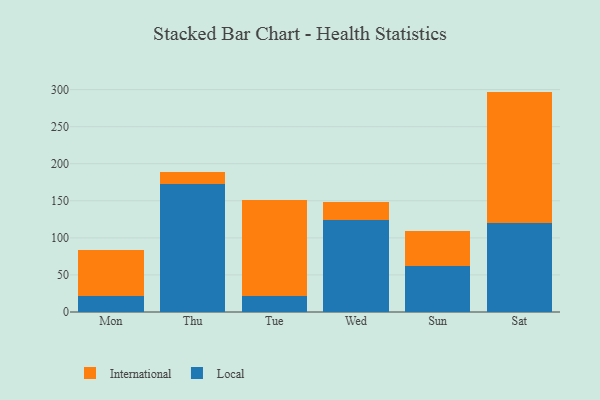
{"axis": {"x": "Day", "y": "Demand Index"}, "legend": ["International", "Local"], "data": [{"x": "Mon", "y": 21.8, "type": "Local"}, {"x": "Mon", "y": 62.3, "type": "International"}, {"x": "Thu", "y": 172.2, "type": "Local"}, {"x": "Thu", "y": 16.5, "type": "International"}, {"x": "Tue", "y": 22.0, "type": "Local"}, {"x": "Tue", "y": 129.1, "type": "International"}, {"x": "Wed", "y": 124.1, "type": "Local"}, {"x": "Wed", "y": 24.4, "type": "International"}, {"x": "Sun", "y": 61.4, "type": "Local"}, {"x": "Sun", "y": 47.5, "type": "International"}, {"x": "Sat", "y": 119.8, "type": "Local"}, {"x": "Sat", "y": 177.5, "type": "International"}]}